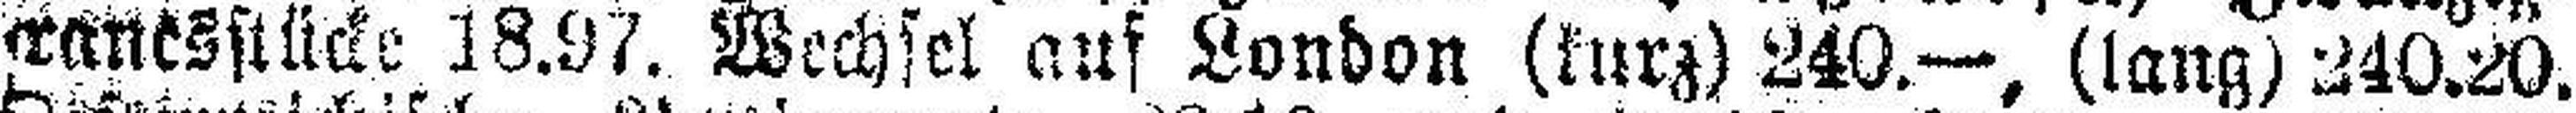
ranesstücke 18.97. Wechsel auf London (kurz) 240.—, (lang) 240.20.